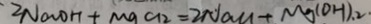
2 N a O H + M g C L _ { 2 } = 2 N a C L + M g ( O H ) _ { 2 } \cdot